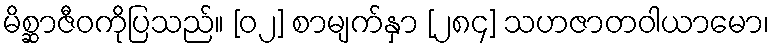
မိစ္ဆာဇီဝကိုပြသည်။ [၀၂] စာမျက်နှာ [၂၈၄] သဟဇာတဝါယာမော၊